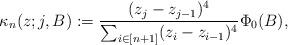
LaTeX: \begin{align*} \kappa_n ( z ; j, B) := \frac{ ( z_j - z_{j-1} )^4}{\sum_{i \in [n+1]} (z_i - z_{i-1} )^4} \Phi_0 (B) ,\end{align*}